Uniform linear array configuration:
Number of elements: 12
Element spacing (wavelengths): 0.5
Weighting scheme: hamming
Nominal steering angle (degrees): -45
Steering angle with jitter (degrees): -46.553
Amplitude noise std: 0.05
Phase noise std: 0.05

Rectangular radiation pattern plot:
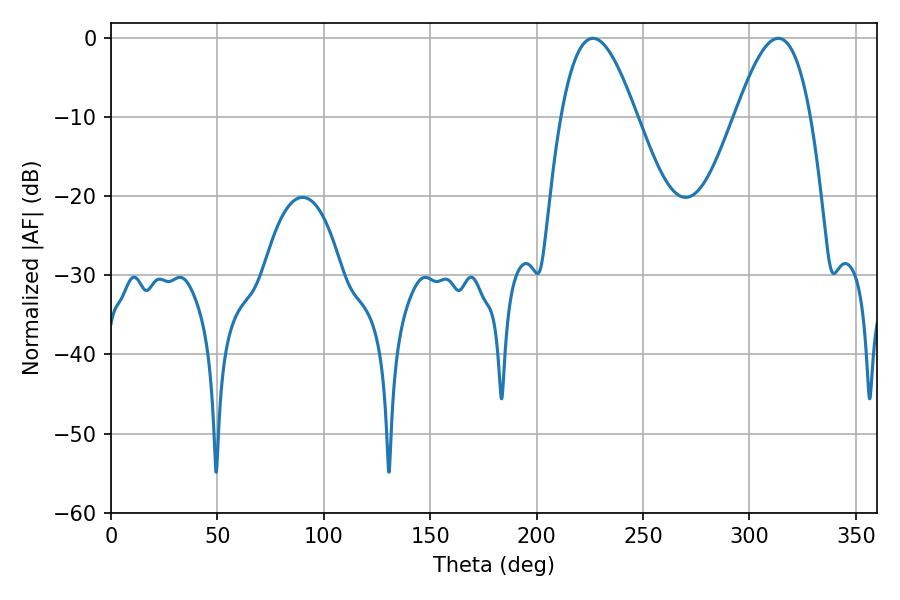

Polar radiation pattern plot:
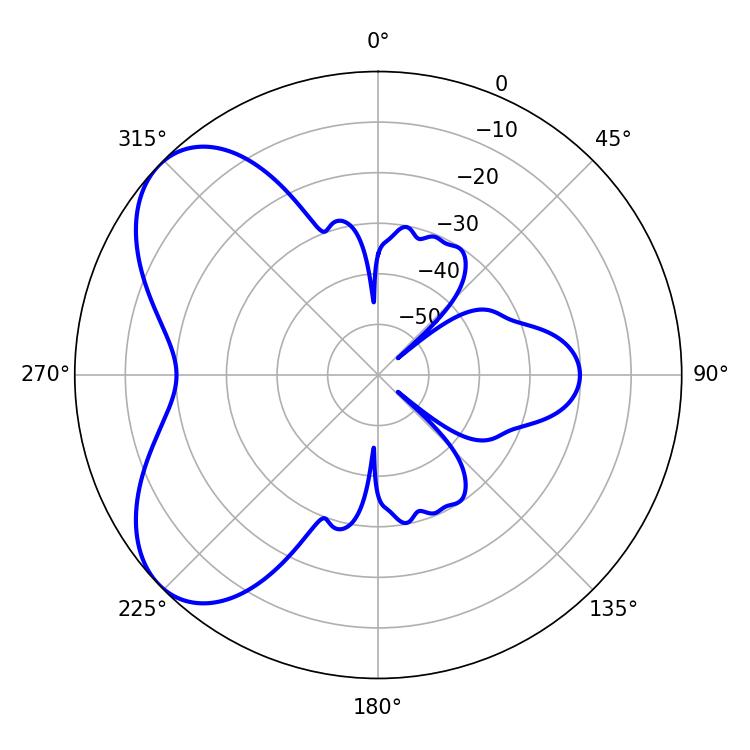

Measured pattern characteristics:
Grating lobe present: FALSE
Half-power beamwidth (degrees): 19.26
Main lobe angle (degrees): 226.44